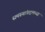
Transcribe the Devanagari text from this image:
समस्यांबद्दलच्या